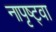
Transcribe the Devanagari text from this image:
नापृष्ट्वा